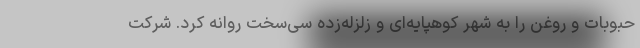
حبوبات و روغن را به شهر کوهپایه‌ای و زلزله‌زده سی‌سخت روانه کرد. شرکت